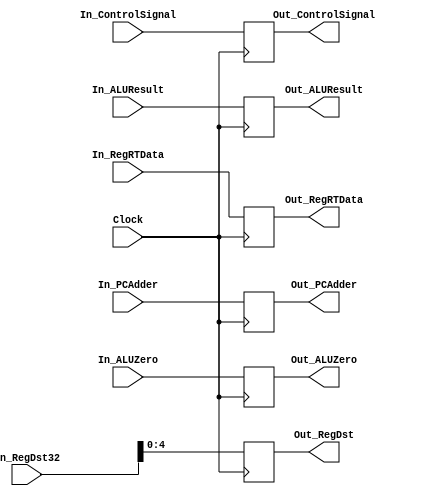
`timescale 1ns / 1ps

////////////////////////////////////////////////////////////////////////////////
// ECE369 - Computer Architecture
// 
// Student(s) Name and Last Name: Diego Moscoso, Fausto Sanchez, Jake Summerville
//
// Module           : EXMEMRegister.v
// Description      : 
//
// INPUTS
//
// OUTPUTS
//
// FUNCTIONALITY
//
////////////////////////////////////////////////////////////////////////////////

module EXMEMRegister(

    Clock, 
    In_ControlSignal, In_ALUZero, In_ALUResult, In_RegRTData, In_RegDst32, In_PCAdder, 
    Out_ControlSignal, Out_ALUZero, Out_ALUResult, Out_RegRTData, Out_RegDst, Out_PCAdder
    
);
	
	input Clock, In_ALUZero;
	input [31:0] In_RegDst32;
    input [31:0] In_ControlSignal, In_ALUResult, In_RegRTData, In_PCAdder;
	
	output reg        Out_ALUZero;
	output reg [4:0]  Out_RegDst;
	output reg [31:0] Out_ControlSignal, Out_ALUResult, Out_RegRTData, Out_PCAdder;

    initial begin
        Out_ALUZero       <= 1'd0;
	    Out_RegDst        <= 5'd0;
        Out_ControlSignal <= 32'd0;
        Out_ALUResult     <= 32'd0;
        Out_RegRTData     <= 32'd0;
        Out_PCAdder       <= 32'd0;
    end
	
	always @(posedge Clock) begin
		Out_ALUZero       <= In_ALUZero;
	    Out_RegDst        <= In_RegDst32[4:0];
        Out_ControlSignal <= In_ControlSignal;
        Out_ALUResult     <= In_ALUResult;
        Out_RegRTData     <= In_RegRTData;
        Out_PCAdder       <= In_PCAdder;
	end

endmodule